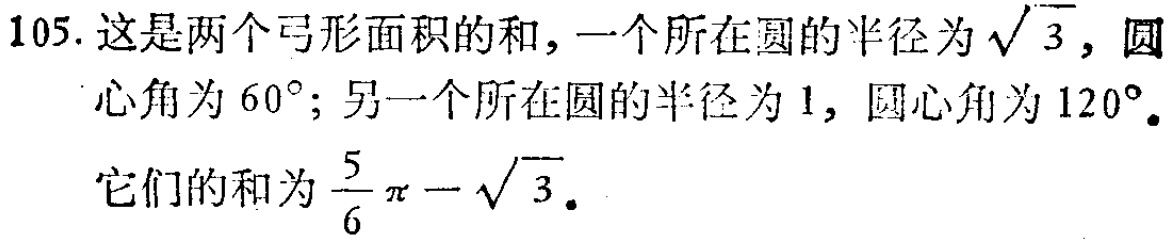
105. 这是两个弓形面积的和, 一个所在圆的半径为$\sqrt{3}$, 圆心角为$60^{\circ}$; 另一个所在圆的半径为$1$, 圆心角为$120^{\circ}$.
它们的和为$\frac{5}{6}\pi-\sqrt{3}$.